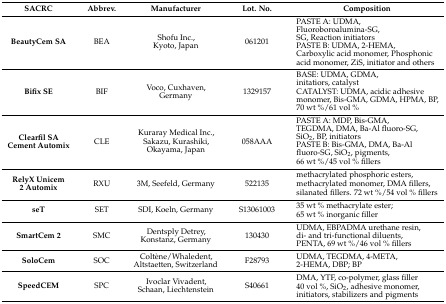
<table><thead><tr><td><b>SACRC</b></td><td><b>Abbrev.</b></td><td><b>Manufacturer</b></td><td><b>Lot. No.</b></td><td><b>Composition</b></td></tr></thead><tbody><tr><td><b>BeautyCem SA</b></td><td>BEA</td><td>Shofu Inc., Kyoto, Japan</td><td>061201</td><td>PASTE A: UDMA, Fluoroboroalumina-SG, SG, Reaction initiators PASTE B: UDMA, 2-HEMA, Carboxylic acid monomer, Phosphonic acid monomer, ZiS, initiator and others</td></tr><tr><td><b>Bifix SE</b></td><td>BIF</td><td>Voco, Cuxhaven, Germany</td><td>1329157</td><td>BASE: UDMA, GDMA, initatiors, catalystCATALYST: UDMA, acidic adhesive monomer, Bis-GMA, GDMA, HPMA, BP, 70 wt %/61 vol %</td></tr><tr><td><b>Clearfil SA Cement Automix</b></td><td>CLE</td><td>Kuraray Medical Inc., Sakazu, Kurashiki, Okayama, Japan</td><td>058AAA</td><td>PASTE A: MDP, Bis-GMA, TEGDMA, DMA, Ba-Al fluoro-SG, SiO<sub>2</sub>, BP, initiatorsPASTE B: Bis-GMA, DMA, Ba-Al fluoro-SG, SiO<sub>2</sub>, pigments, 66 wt %/45 vol % fillers</td></tr><tr><td><b>RelyX Unicem 2 Automix</b></td><td>RXU</td><td>3M, Seefeld, Germany</td><td>522135</td><td>methacrylated phosphoric esters, methacrylated monomer, DMA fillers, silanated fillers. 72 wt %/54 vol % fillers</td></tr><tr><td><b>seT</b></td><td>SET</td><td>SDI, Koeln, Germany</td><td>S13061003</td><td>35 wt % methacrylate ester; 65 wt % inorganic filler</td></tr><tr><td><b>SmartCem 2</b></td><td>SMC</td><td>Dentsply Detrey, Konstanz, Germany</td><td>130430</td><td>UDMA, EBPADMA urethane resin, di- and tri-functional diluents, PENTA, 69 wt %/46 vol % fillers</td></tr><tr><td><b>SoloCem</b></td><td>SOC</td><td>Coltène/Whaledent, Altstaetten, Switzerland</td><td>F28793</td><td>UDMA, TEGDMA, 4-META, 2-HEMA, DBP; BP</td></tr><tr><td><b>SpeedCEM</b></td><td>SPC</td><td>Ivoclar Vivadent, Schaan, Liechtenstein</td><td>S40661</td><td>DMA, YTF, co-polymer, glass filler 40 vol %, SiO<sub>2</sub>, adhesive monomer, initiators, stabilizers and pigments</td></tr></tbody></table>